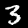
Digit: 3